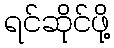
ရင်ဆိုင်ဖို့